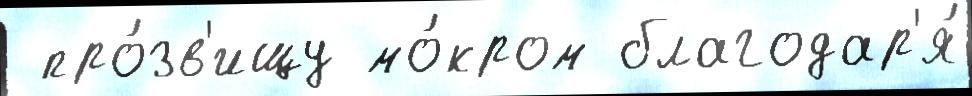
 про́зв'ищу мо́кром благодар'я́